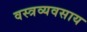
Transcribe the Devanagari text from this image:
वस्त्रव्यवसाय